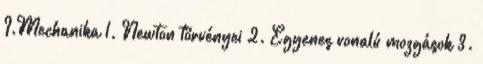
I.Mechanika 1. Newton törvényei 2. Egyenes vonalú mozgások 3.